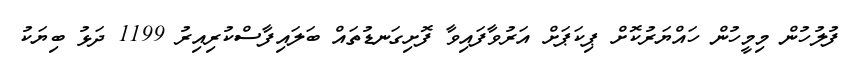
ފުލުހުން މިމީހުން ހައްޔަރުކޮށް ޕިކަޕަށް އަރުވާފައިވާ ފޮށިގަނޑުތައް ބަލައިފާސްކުރިއިރު 1199 ދަޅު ބިޔަކު